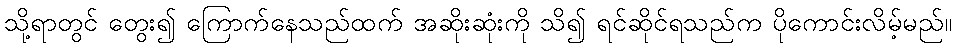
သို့ရာတွင် တွေး၍ ကြောက်နေသည်ထက် အဆိုးဆုံးကို သိ၍ ရင်ဆိုင်ရသည်က ပိုကောင်းလိမ့်မည်။